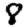
Digit: 8